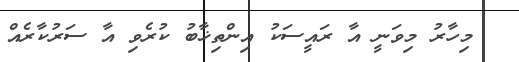
މިހާރު މިވަނީ އާ ރައީސަކު އިންތިޚާބު ކުރެވި އާ ސަރުކާރެއް